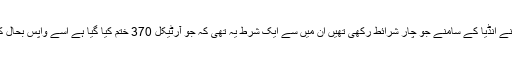
چین نے انڈیا کے سامنے جو چار شرائط رکھی تھیں ان میں سے ایک شرط یہ تھی کہ جو آرٹیکل 370 ختم کیا گیا ہے اُسے واپس بحال کرے۔